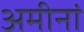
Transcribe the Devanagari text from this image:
अमीनां